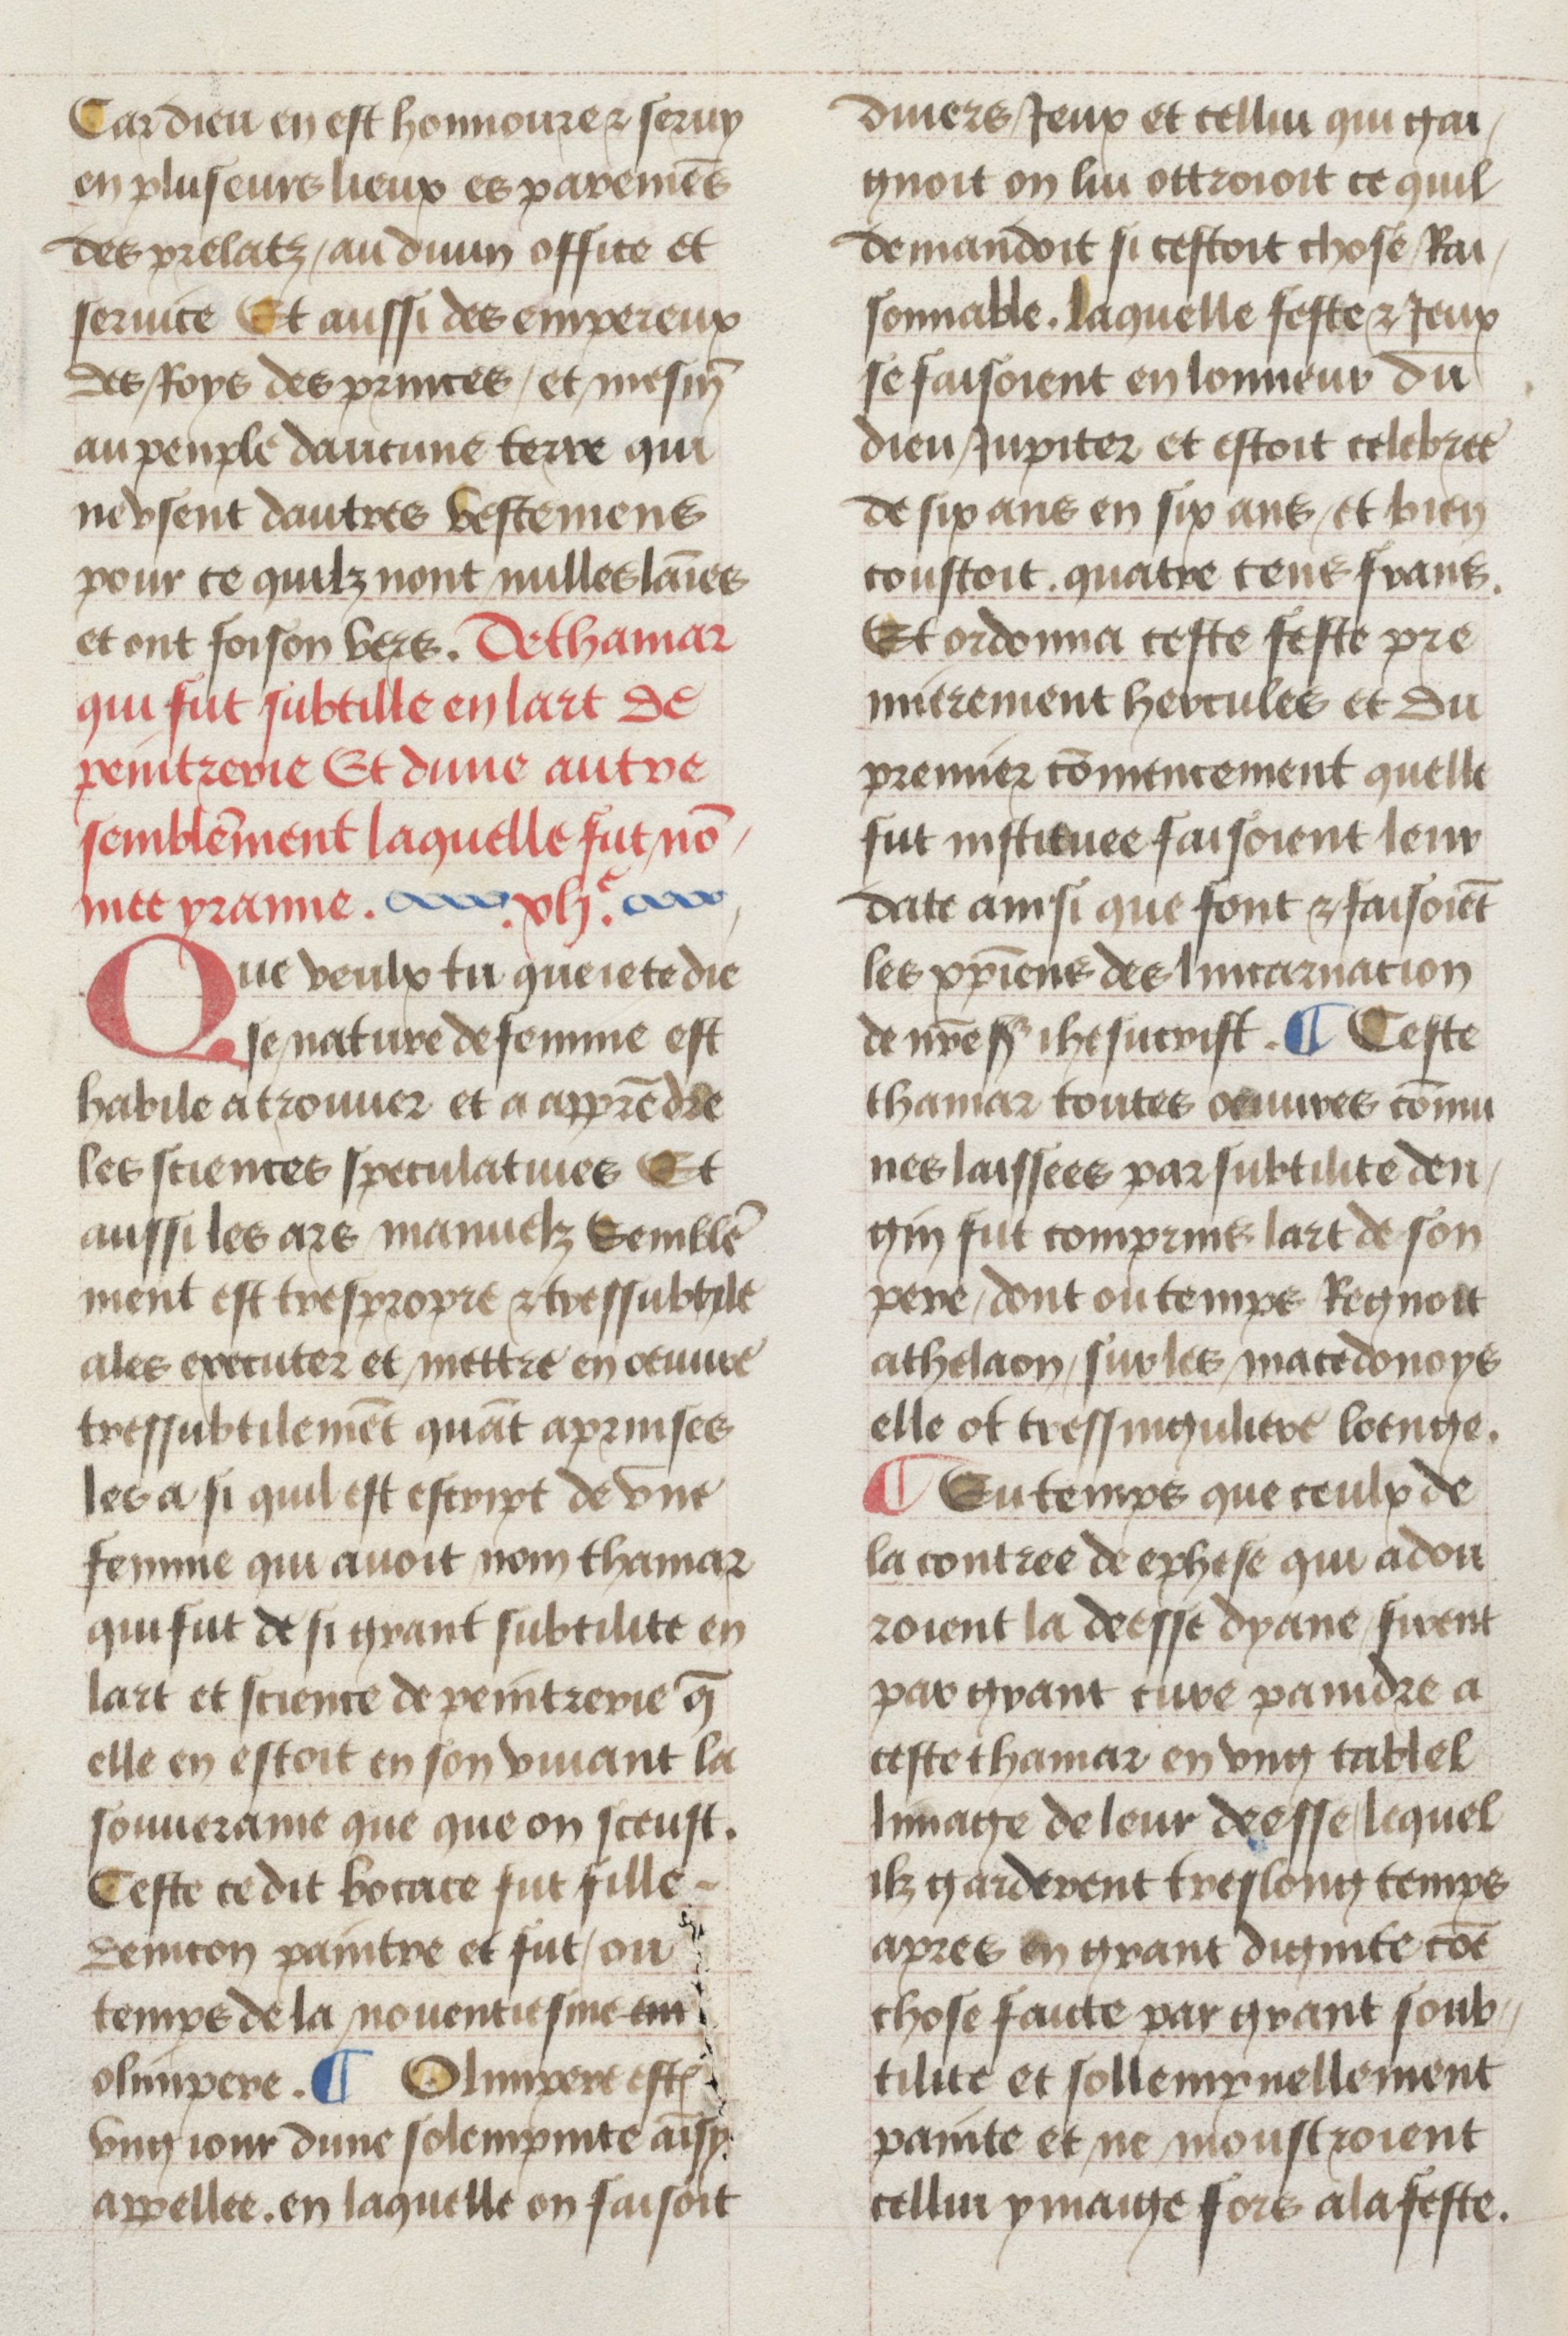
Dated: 1450–1499